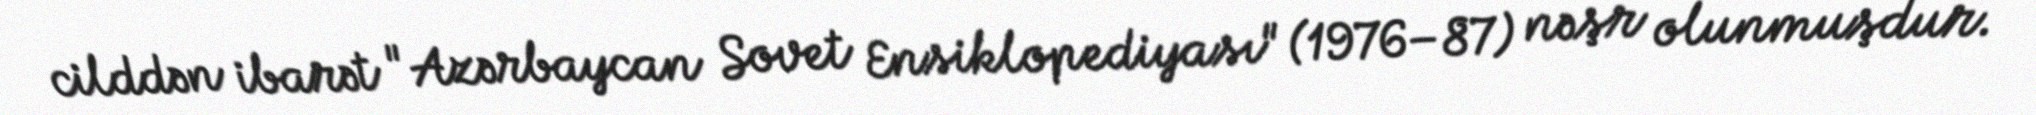
cilddən ibarət "Azərbaycan Sovet Ensiklopediyası" (1976–87) nəşr olunmuşdur.